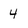
Character: 4